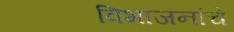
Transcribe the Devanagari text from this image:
विभाजनांचे